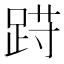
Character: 𲃩